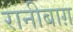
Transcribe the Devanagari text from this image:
रानीबाग़